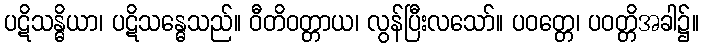
ပဋိသန္ဓိယာ၊ ပဋိသန္ဓေသည်။ ဝီတိဝတ္တာယ၊ လွန်ပြီးလသော်။ ပဝတ္တေ၊ ပဝတ္တိအခါ၌။